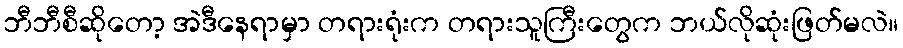
ဘီဘီစီဆိုတော့ အဲဒီနေရာမှာ တရားရုံးက တရားသူကြီးတွေက ဘယ်လိုဆုံးဖြတ်မလဲ။